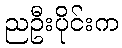
ညဦးပိုင်းက